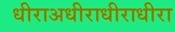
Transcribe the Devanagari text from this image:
धीराअधीराधीराधीरा